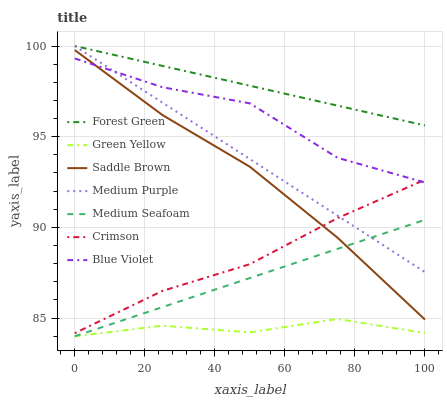
| xaxis_label | Forest Green | Green Yellow | Saddle Brown | Medium Purple | Medium Seafoam | Crimson | Blue Violet |
 | --- | --- | --- | --- | --- | --- | --- | --- |
 | 0 | 100 | 84 | 99.8 | 100 | 84 | 84.2 | 99.3 |
 | 25 | 98.9 | 84.6 | 96.2 | 96.9 | 85.6 | 86.5 | 97.7 |
 | 50 | 97.8 | 84.2 | 93.3 | 93.8 | 87.2 | 88 | 96.8 |
 | 75 | 96.7 | 85 | 89.4 | 90.7 | 88.8 | 90.5 | 93.8 |
 | 100 | 95.6 | 84.2 | 84.9 | 87.5 | 90.4 | 92.6 | 92.5 |